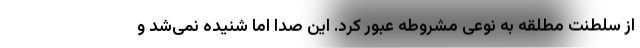
از سلطنت مطلقه به نوعی مشروطه عبور کرد. این صدا اما شنیده نمی‌شد و